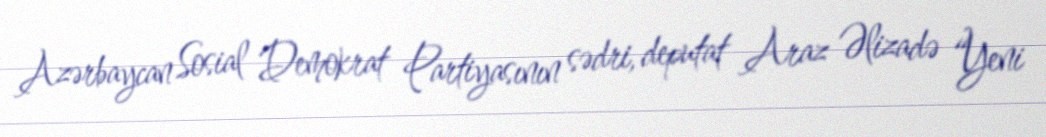
Azərbaycan Sosial Demokrat Partiyasının sədri, deputat Araz Əlizadə “Yeni